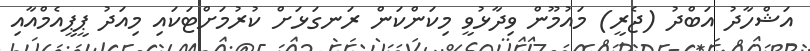
އަޝްހާދު އަބްދު (ޖެރީ) މައުމޫން ވިދާޅުވީ މިކަންކަން ރަނގަޅަށް ކުރުމަށްޓަކައި މިއަދު ޕީޕީއެމްއާއި